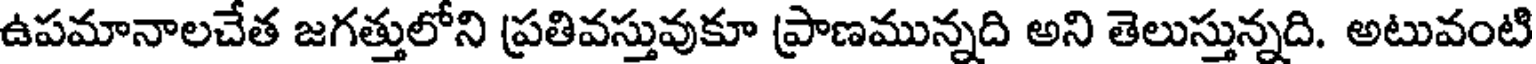
ఉపమానాలచేత జగత్తులోని ప్రతివస్తువుకూ ప్రాణమున్నది అని తెలుస్తున్నది. అటువంటి